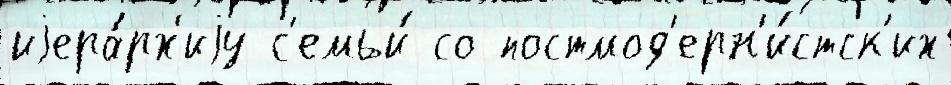
иjера́рх'иjу с'емьи́ со постмод'ерн'и́стск'их